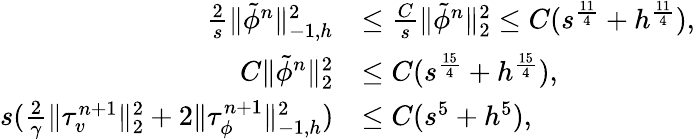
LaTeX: \begin{array}{rl}{\frac{2}{s}\| \tilde{\phi}^{n}\| _{-1,h}^{2}}&{\leq\frac{C}{s}\| \tilde{\phi}^{n}\| _{2}^{2}\leq C(s^{\frac{11}{4}}+h^{\frac{11}{4}}),}\\ {C\| \tilde{\phi}^{n}\| _{2}^{2}}&{\leq C(s^{\frac{15}{4}}+h^{\frac{15}{4}}),}\\ {s(\frac{2}{\gamma}\| \tau_{v}^{n+1}\| _{2}^{2}+2\| \tau_{\phi}^{n+1}\| _{-1,h}^{2})}&{\leq C(s^{5}+h^{5}),}\end{array}